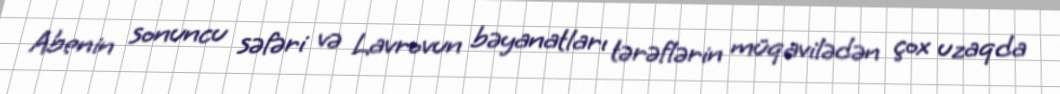
Abenin sonuncu səfəri və Lavrovun bəyanatları tərəflərin müqavilədən çox uzaqda